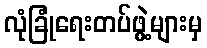
လုံခြုံရေးတပ်ဖွဲ့များမှ